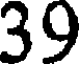
39